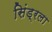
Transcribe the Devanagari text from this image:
सिंड्रला